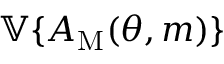
\mathbb { V } \{ A _ { \mathrm { M } } ( \theta , m ) \}